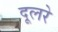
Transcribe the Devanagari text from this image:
दूलरे